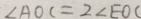
\angle A O C = 2 \angle E O C